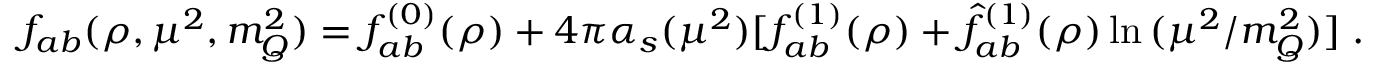
f _ { a b } ( \rho , \mu ^ { 2 } , m _ { Q } ^ { 2 } ) = f _ { a b } ^ { ( 0 ) } ( \rho ) + 4 \pi \alpha _ { s } ( \mu ^ { 2 } ) [ f _ { a b } ^ { ( 1 ) } ( \rho ) + \hat { f } _ { a b } ^ { ( 1 ) } ( \rho ) \ln { ( \mu ^ { 2 } / m _ { Q } ^ { 2 } ) } ] \; .